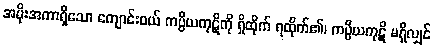
အမိုးအကာရှိသော ကျောင်းဝယ် ကပ္ပိယကုဋိကို ရှိထိုက် ရထိုက်၏၊ ကပ္ပိယကုဋိ မရှိလျှင်